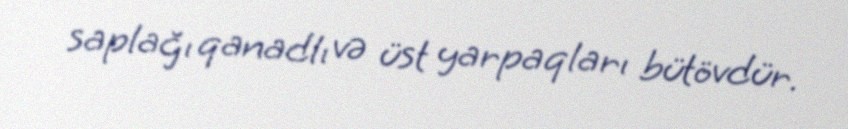
saplağı qanadlı və üst yarpaqları bütövdür.